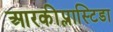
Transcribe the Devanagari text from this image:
आरकीप्लास्टिडा